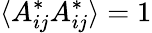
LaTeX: \langle A_{ij}^{*}A_{ij}^{*}\rangle=1